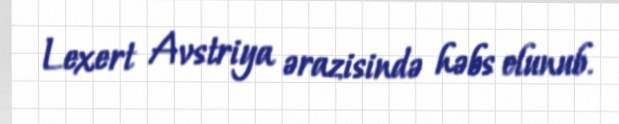
Lexert Avstriya ərazisində həbs olunub.